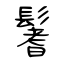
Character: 鬐